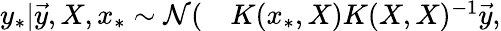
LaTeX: \begin{array}{rl}{{y}_{*}|\vec{y},X,x_{*}\sim\mathcal{N}(}&{{}K(x_{*},X)K(X,X)^{-1}\vec{y},}\end{array}